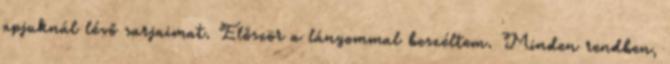
apjuknál lévő sarjaimat. Először a lányommal beszéltem. Minden rendben,